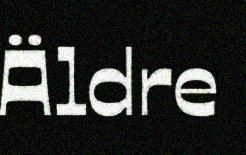
Äldre